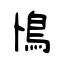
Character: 鳪